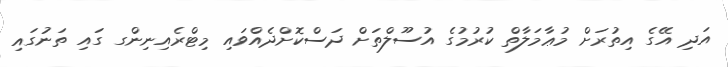
އަދި އޭގެ އިތުރަށް މުޢާމަލާތް ކުރުމުގެ އުސޫލްތަށް ދަސްކޮށްދެއްވައި މިޓްރެއިނިންގ ގައި ތަނުގައި